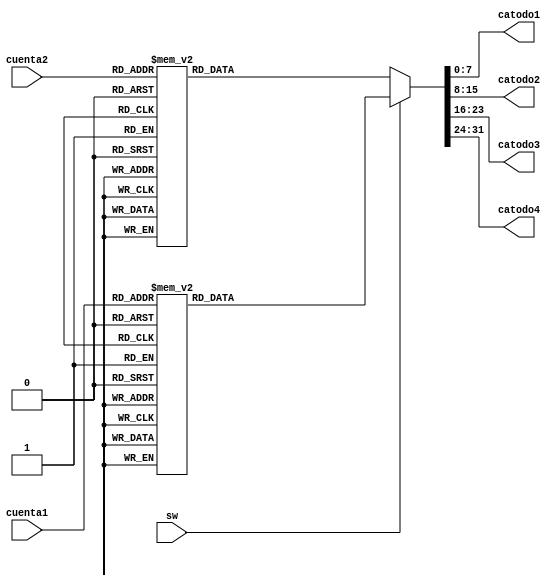
`timescale 1ns / 1ps
//////////////////////////////////////////////////////////////////////////////////
// Company: 
// Engineer: 
// 
// Design Name: 
// Module Name:    Decodificador 
// Project Name: 
// Target Devices: 
// Tool versions: 
// Description: 
//
// Dependencies: 
//
// Revision: 
// Revision 0.01 - File Created
// Additional Comments: 
//
//////////////////////////////////////////////////////////////////////////////////
module Decodificador(
   input sw,
   input [3:0] cuenta1, cuenta2,
	output reg [7:0] catodo1,catodo2,catodo3,catodo4
    );
    
	 always @(*)
	    begin
		  if (sw)
		  begin
	      case (cuenta1)
			  0: begin
			       catodo1 <= 8'b00000011;
					 catodo2 <= 8'b00000011;
					 catodo3 <= 8'b00000011;
					 catodo4 <= 8'b00000011;
			     end 
			  1: begin
			       catodo1 <= 8'b00000011;
					 catodo2 <= 8'b00001101;
					 catodo3 <= 8'b00000011;
					 catodo4 <= 8'b00000011; 
			     end 
			  2: begin
			       catodo1 <= 8'b00000011;
					 catodo2 <= 8'b01001001;
					 catodo3 <= 8'b00000011;
					 catodo4 <= 8'b00000011;
			     end 
			  3: begin
			       catodo1 <= 8'b01001001;
					 catodo2 <= 8'b00011111;
					 catodo3 <= 8'b00000011;
					 catodo4 <= 8'b00000011;
			     end 
			  4: begin
			       catodo1 <= 8'b00000011;
					 catodo2 <= 8'b00000011;
					 catodo3 <= 8'b10011111;
					 catodo4 <= 8'b00000011;
			     end 
			  5: begin
			       catodo1 <= 8'b01001001;
					 catodo2 <= 8'b00100101;
					 catodo3 <= 8'b10011111;
					 catodo4 <= 8'b00000011;
			     end 
			  6: begin
			       catodo1 <= 8'b00000011;
					 catodo2 <= 8'b01001001;
					 catodo3 <= 8'b10011111;
					 catodo4 <= 8'b00000011;
			     end 
			  7: begin
			       catodo1 <= 8'b01001001;
					 catodo2 <= 8'b00011111;
					 catodo3 <= 8'b10011111;
					 catodo4 <= 8'b00000011;
			     end 
			  8: begin
			       catodo1 <= 8'b00000011;
					 catodo2 <= 8'b00000011;
					 catodo3 <= 8'b00100101; 
					 catodo4 <= 8'b00000011;
			     end 
				default: begin
			              catodo1 <= 8'b11111111;
					        catodo2 <= 8'b11111111;
					        catodo3 <= 8'b11111111; 
					        catodo4 <= 8'b11111111;
                     end 	
       endcase		
		 end
       else 
		 begin
		 case (cuenta2)
			  0: begin
			       catodo1 <= 8'b00000011;
					 catodo2 <= 8'b00000011;
					 catodo3 <= 8'b00000011;
					 catodo4 <= 8'b00000011;
			     end 
			  1: begin
			       catodo1 <= 8'b00000011;
					 catodo2 <= 8'b10011110;
					 catodo3 <= 8'b00000011;
					 catodo4 <= 8'b10011111; 
			     end 
			  2: begin
			       catodo1 <= 8'b01001001;
					 catodo2 <= 8'b00100100;
					 catodo3 <= 8'b01001001;
					 catodo4 <= 8'b00100101;
			     end 
			  3: begin
			       catodo1 <= 8'b00000011;
					 catodo2 <= 8'b00001100;
					 catodo3 <= 8'b00000011;
					 catodo4 <= 8'b00001101;
			     end 
			  4: begin
			       catodo1 <= 8'b10011111;
					 catodo2 <= 8'b01001000;
					 catodo3 <= 8'b00000011;
					 catodo4 <= 8'b01001001;
			     end 
			  5: begin
			       catodo1 <= 8'b10011111;
					 catodo2 <= 8'b01000000;
					 catodo3 <= 8'b00000011;
					 catodo4 <= 8'b01000001;
			     end 
			  6: begin
			       catodo1 <= 8'b01000001;
					 catodo2 <= 8'b00011110;
					 catodo3 <= 8'b01001001;
					 catodo4 <= 8'b00011111;
			     end 
			  7: begin
			       catodo1 <= 8'b01000001;
					 catodo2 <= 8'b00000000;
					 catodo3 <= 8'b01001001;
					 catodo4 <= 8'b00000001;
			     end 
			  8: begin
			       catodo1 <= 8'b00000011;
					 catodo2 <= 8'b00000011;
					 catodo3 <= 8'b00000011; 
					 catodo4 <= 8'b10011111;
			     end 
				default: begin
			              catodo1 <= 8'b11111111;
					        catodo2 <= 8'b11111111;
					        catodo3 <= 8'b11111111; 
					        catodo4 <= 8'b11111111;
                     end 	
       endcase		
		 end 
     		 
	    end 
		 
		 
endmodule